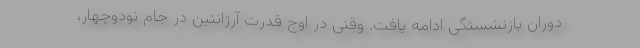
دوران بازنشستگی ادامه یافت. وقتی در اوج قدرت آرژانتین در جام نودوچهار،